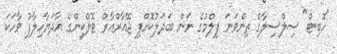
"ހޮބިޓް" ސިލްސިލާގެ ތިންވަނަ ފިލްމުގެ ނަން ބަދަލުކޮށްފި ޖޭއާރްއާރް ޓޮލްކީންގެ އާދަޔާހިލާފު ވާހަކަ